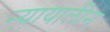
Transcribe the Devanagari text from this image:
न्यायालीन